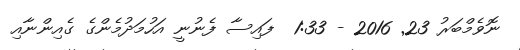
ނޮވެމްބަރު 23